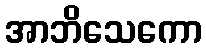
အာဘိသေကော